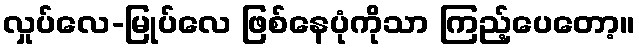
လှုပ်လေ-မြုပ်လေ ဖြစ်နေပုံကိုသာ ကြည့်ပေတော့။